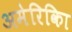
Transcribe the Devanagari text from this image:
अमेरिकिा